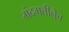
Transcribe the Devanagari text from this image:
मंदगतीनेच